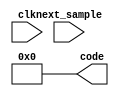
module sq_wave_gen (
    input clk,
    input next_sample,
    output [9:0] code
);
    assign code = 0;
endmodule